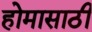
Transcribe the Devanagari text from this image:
होमासाठी